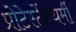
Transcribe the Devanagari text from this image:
प्रोटेस्टेंटधर्मी